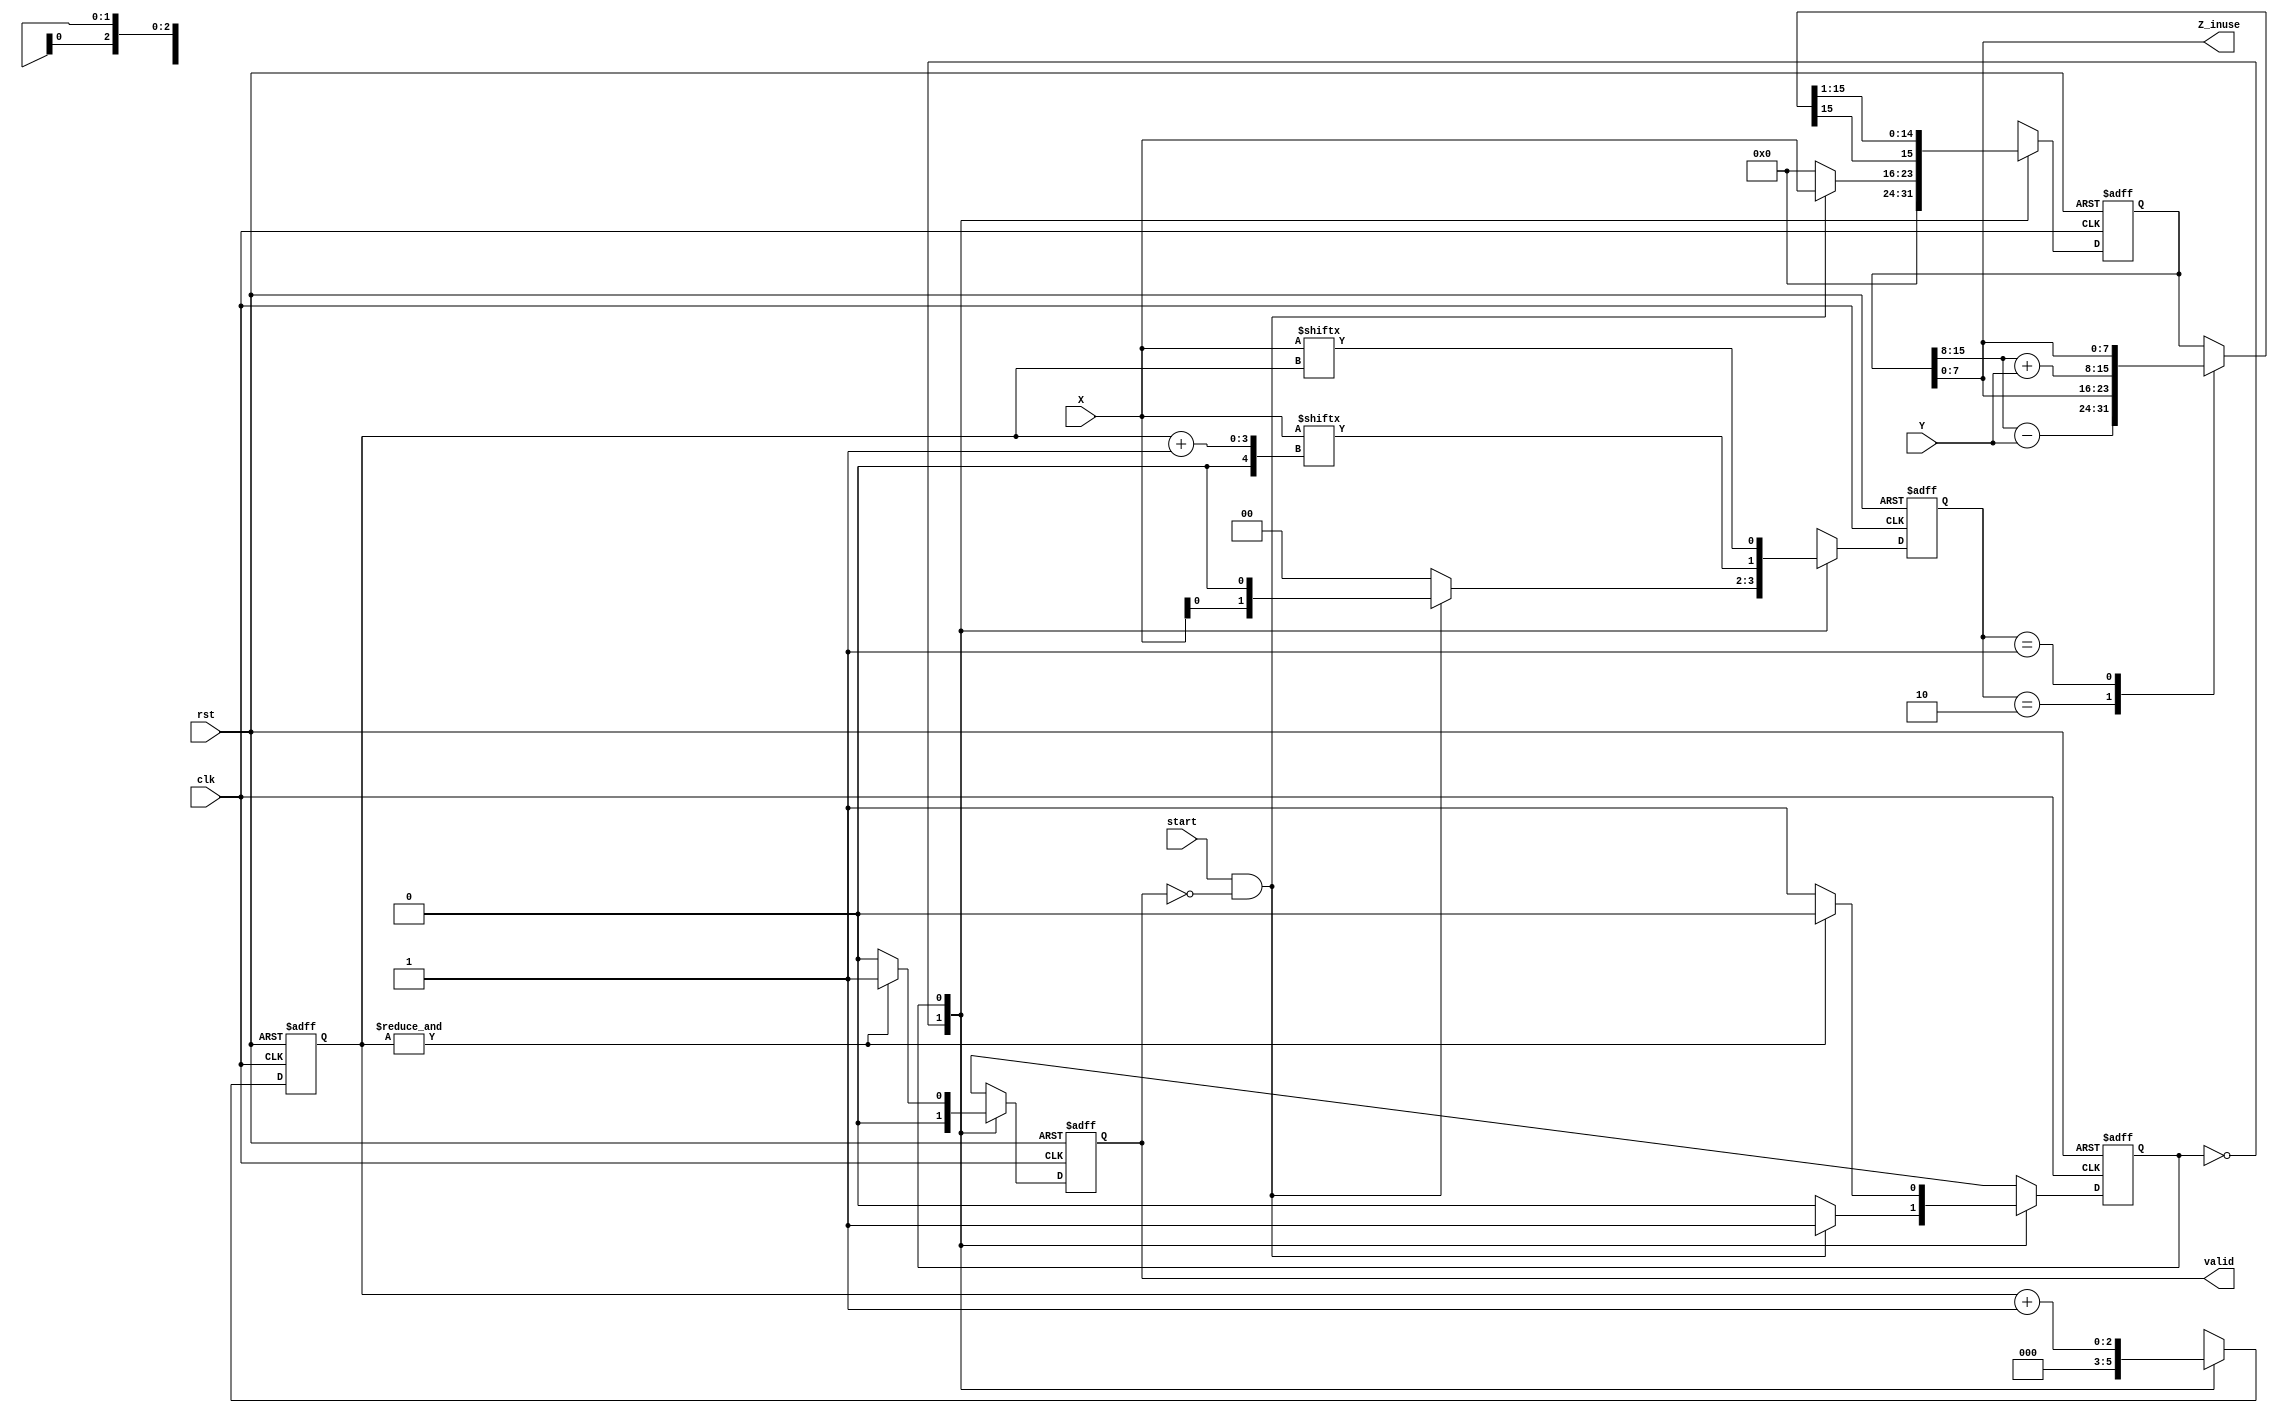
`timescale 1ns / 1ps

// Implementing Booth's Algorithm as multiplier
module Multiplier(clk, rst, start, X, Y, valid, Z_inuse);

input clk;
input rst;
input start;
input [7:0] X, Y;
output [7:0] Z_inuse;
output valid;

reg signed [15:0] Z, next_Z, Z_temp;
reg next_state, pres_state;
reg [1:0] temp, next_temp;
reg [2:0] count, next_count;
reg valid, next_valid;

parameter IDLE = 1'b0;
parameter START = 1'b1;

always @ (posedge clk or posedge rst)
begin
    if(rst)
        begin
          Z <= 15'd0;
          valid <= 1'b0;
          pres_state <= 1'b0;
          temp <= 2'd0;
          count <= 3'd0;
        end
    else
        begin
          Z <= next_Z;
          valid <= next_valid;
          pres_state <= next_state;
          temp <= next_temp;
          count <= next_count;
        end
end

always @ (*)
begin 
    case(pres_state)
        IDLE:
        begin
            next_count = 3'b0;
            next_valid = 1'b0;
            if(start & ~valid)//changed here
            begin
                next_state = START;
                next_temp = {X[0],1'b0};
                next_Z = {8'd0, X};
            end
            else
            begin
                next_state = pres_state;
                next_temp = 2'd0;
                next_Z = 16'd0;
            end
        end
        
        START:
        begin
            case(temp)
                2'b10:   Z_temp = {Z[15:8] - Y, Z[7:0]};
                2'b01:   Z_temp = {Z[15:8] + Y, Z[7:0]};
                default: Z_temp = {Z[15:8], Z[7:0]};
            endcase
            next_temp  = {X[count+1], X[count]};
            next_count = count + 1'b1;
            next_Z     = Z_temp >>> 1;
            next_valid = (&count) ? 1'b1 : 1'b0; 
            next_state = (&count) ? IDLE : pres_state;	
        end
    endcase
end

assign Z_inuse = Z[7:0];
endmodule